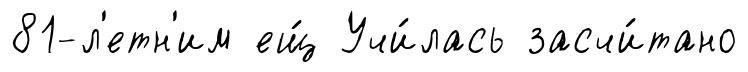
81-л'етн'им ещ́ Учи́лась засчи́тано